Indian journal of veterinary science and animal husbandry - Volumes 24-25, 1954-1955
Year: 1954
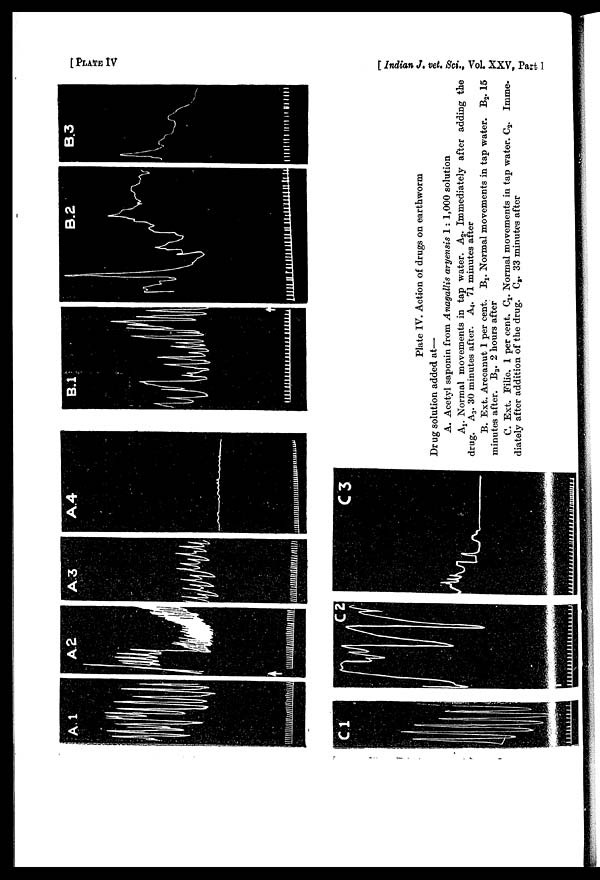
[PLATE IV
[Indian J. vet. Sci., Vol. XXV, Part I
Plate IV. Action of drugs on earthworm
Drug solution added at—
A. Acetyl saponin from Anagallis aryensis 1 : 1,000 solution
A 1. Normal movements in tap water. A 2 . Immediately after adding the
drug. A 3 . 30 minutes after. A 4 . 71 minutes after
B. Ext. Arecanut 1 per cent. B 1 . Normal movements in tap water. B 2 . 15
minutes after. B 3 . 2 hours after
C. Ext. Filic. 1 per cent. C 1 . Normal movements in tap water. C 2 . Imme-
diately after addition of the drug. C 3 . 33 minutes after